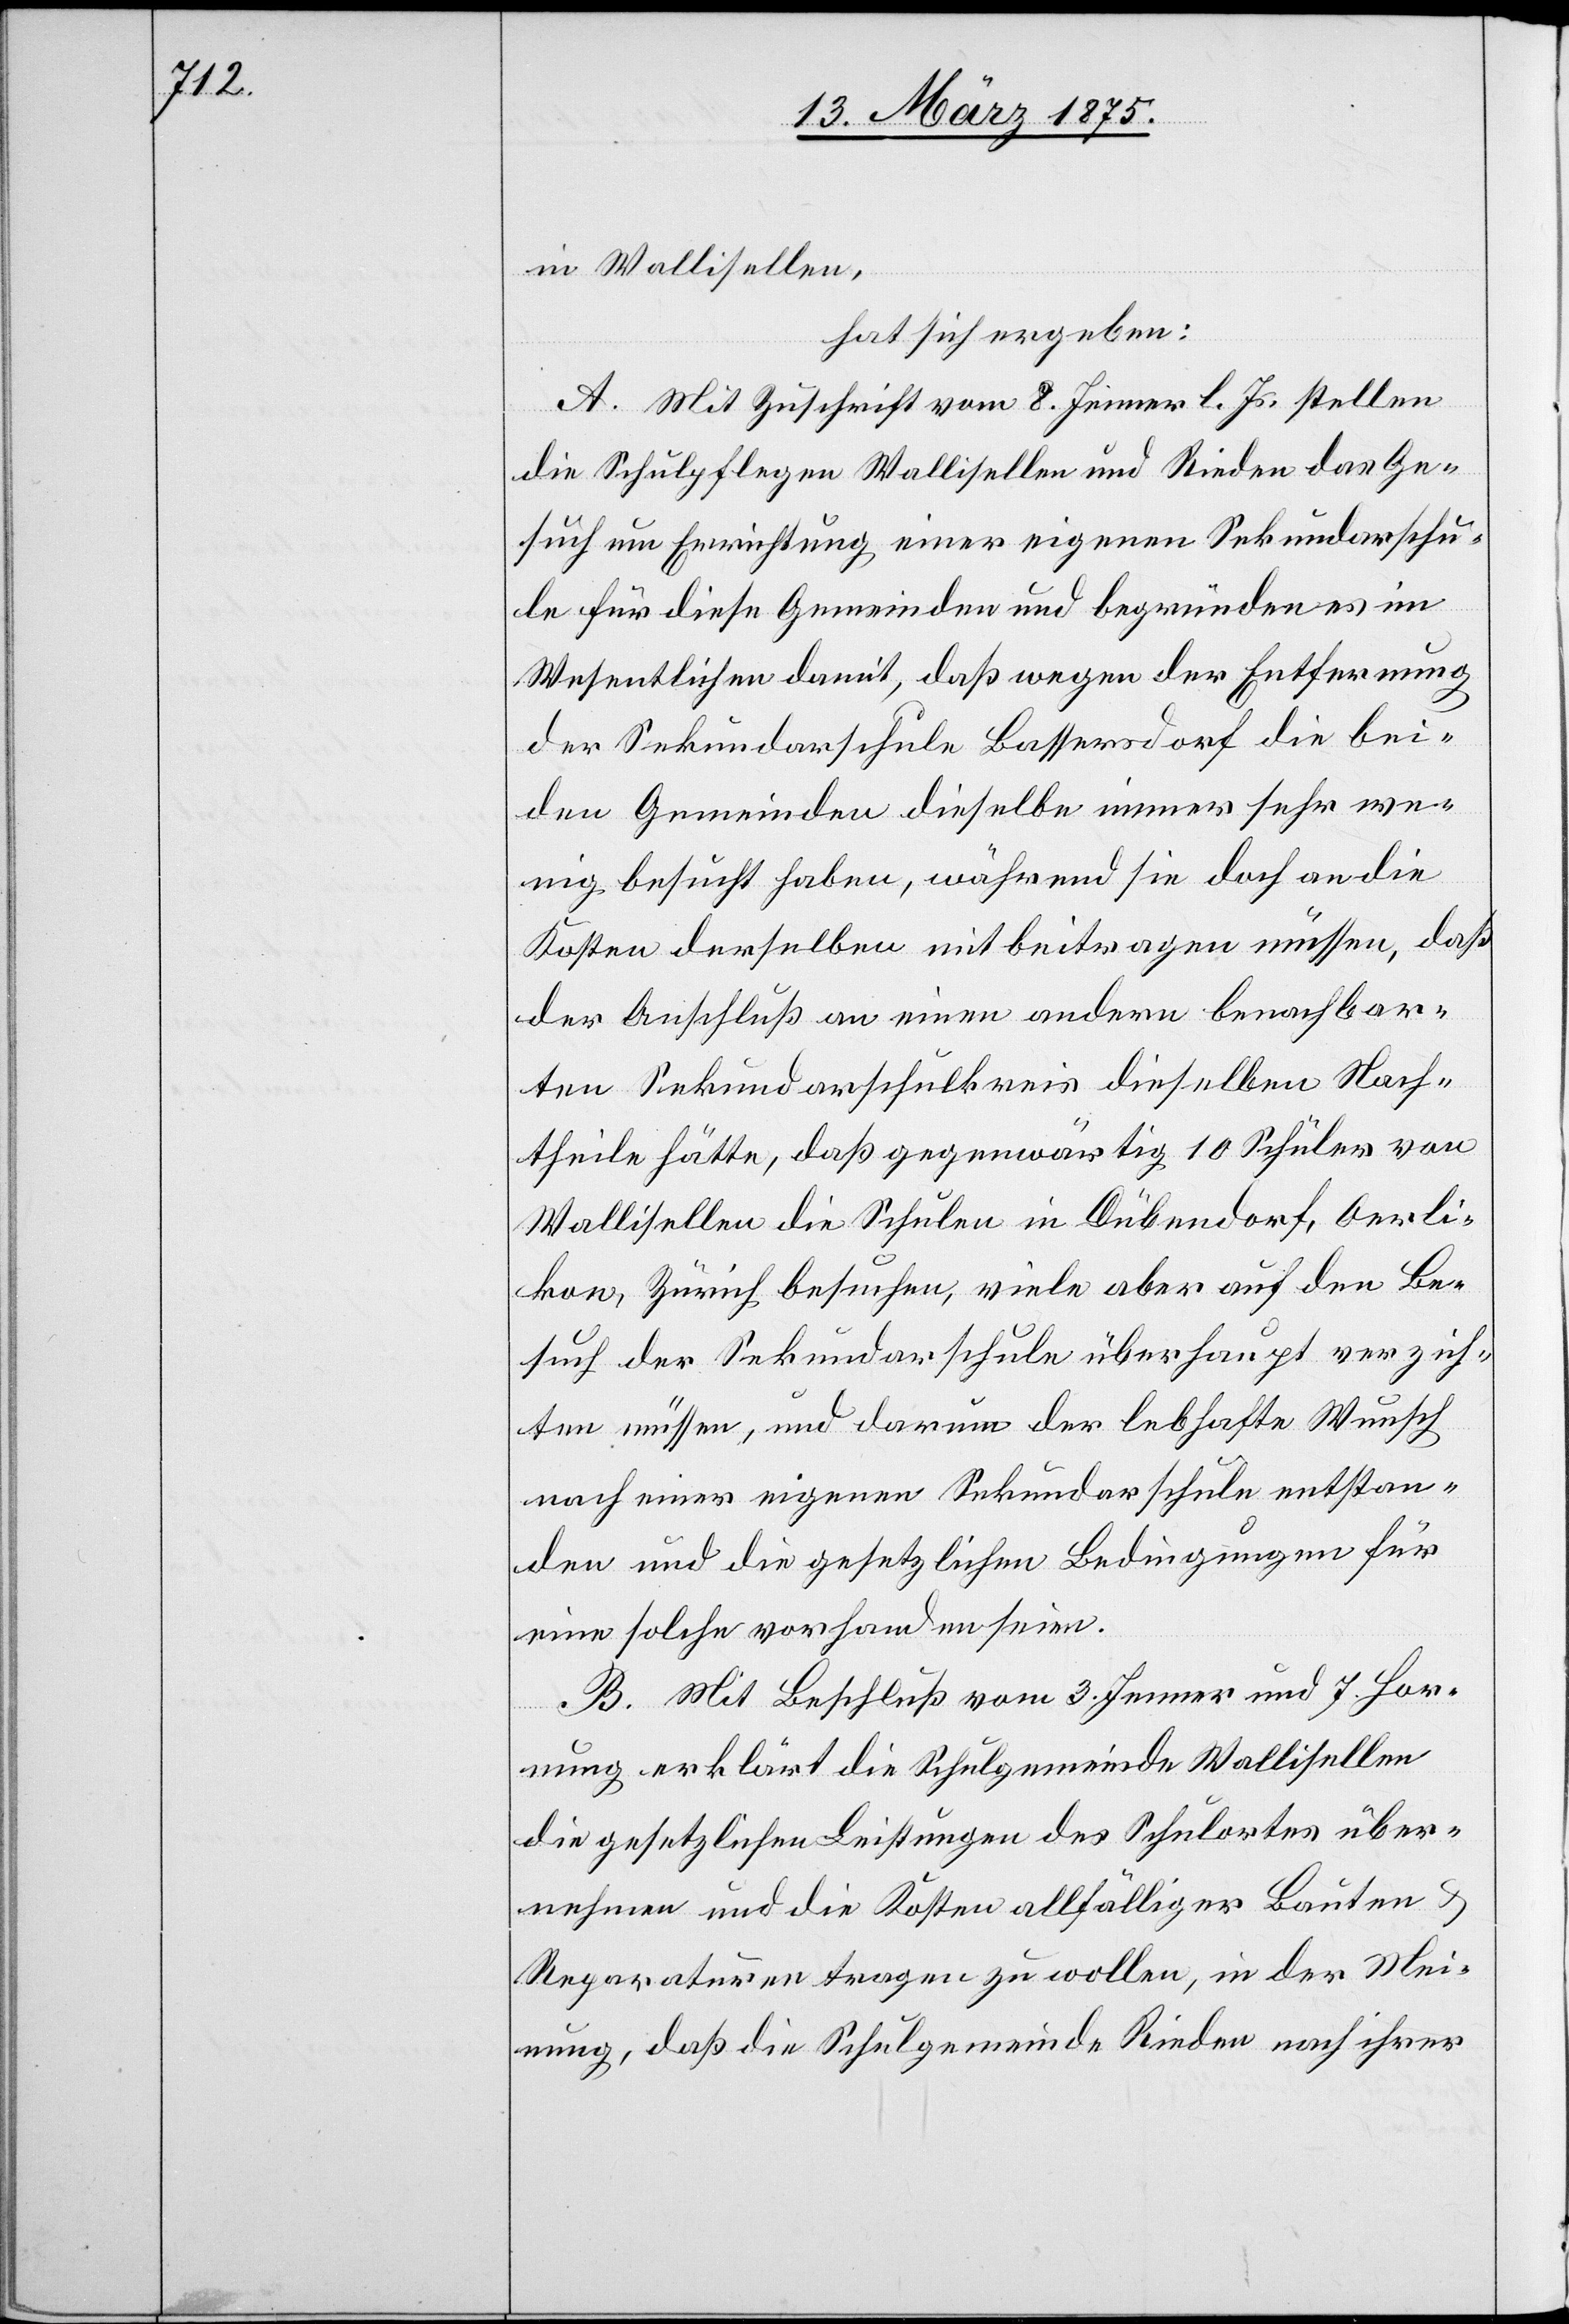
in Wallisellen,
hat sich ergeben:
A. Mit Zuschrift vom 8. Jenner l. Js. stellen
die Schulpflegen Wallisellen und Rieden das Ge¬
such um Errichtung einer eigenen Sekundarschu¬
le für diese Gemeinden und begründen es im
Wesentlichen damit, daß wegen der Entfernung
der Sekundarschule Bassersdorf die bei¬
den Gemeinden dieselbe immer sehr we¬
nig besucht haben, während sie doch an die
Kosten derselben mitbeitragen müssen, daß
der Anschluß an einen andern benachbar¬
ten Sekundarschulkreis dieselben Nach¬
theile hätte, daß gegenwärtig 10 Schüler von
Wallisellen die Schulen in Dübendorf, Oerli¬
kon, Zürich besuchen, viele aber auf den Be¬
such der Sekundarschule überhaupt verzich¬
ten müssen, und darum der lebhafte Wunsch
nach einer eigenen Sekundarschule entstan¬
den und die gesetzlichen Bedingungen für
eine solche vorhanden seien.
B. Mit Beschluß vom 3. Jenner und 7. Hor¬
nung erklärt die Schulgemeinde Wallisellen
die gesetzlichen Leistungen des Schulortes über¬
nehmen und die Kosten allfälliger Bauten &
Reparaturen tragen zu wollen, in der Mei¬
nung, daß die Schulgemeinde Rieden nach ihrer